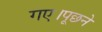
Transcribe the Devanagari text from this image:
गए।पूछने